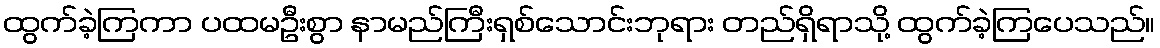
ထွက်ခဲ့ကြကာ ပထမဦးစွာ နာမည်ကြီးရှစ်သောင်းဘုရား တည်ရှိရာသို့ ထွက်ခဲ့ကြပေသည်။